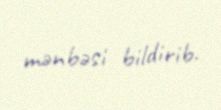
mənbəsi bildirib.